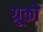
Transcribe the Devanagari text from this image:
ग्रूको